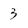
Character: 3